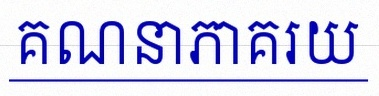
គណនាភាគរយ